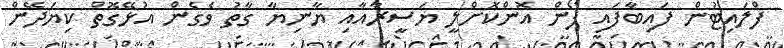
ފްލައިޓުން ފައިބާފައި ފޯން އޮންކޮށްލީ ޔަސީރާއާއި ޔާނިޔާ ގާތު ވެގެން އުޅޭގޮތް ކިޔަދޭން